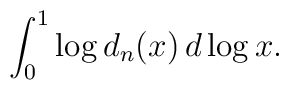
\int_0^1 \log d_n(x)\, d\log x.